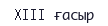
XIII ғасыр